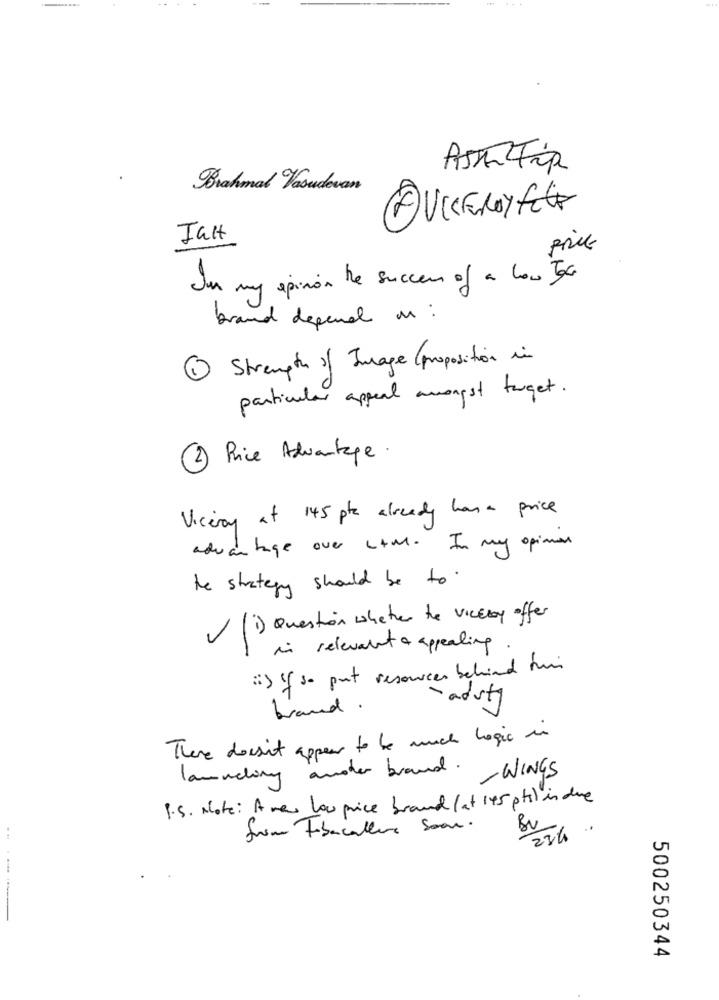
ASTA Tip
Brahmal Vasudevan
AVICEROY FECE
Ialt
In my opinion the success of a low Te
brand depend in :
1 Strength of Image (proposition in
particular appeal amongst target .
2 Rice Advantage .
Viceroy at 145 ptc already have price
advantage over LtM. In my opinion
he strategy should be to
(i) Question whether the vickay offer
in relevant a appealing
(i) If so put resources behind him
- aduty
brand.
There doesn't appear to be much logic in
lanudling andher brand .
-WINGS
P.S. Note: A new low price brand ( at 145 pts) in due
frime Fibacaller Soon.
Bv
234.
500250344